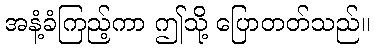
အနံ့ခံကြည့်ကာ ဤသို့ ပြောတတ်သည်။